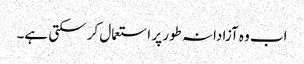
اب وہ آزادانہ طور پر استعمال کر سکتی ہے۔